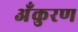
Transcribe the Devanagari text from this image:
अँकुरण